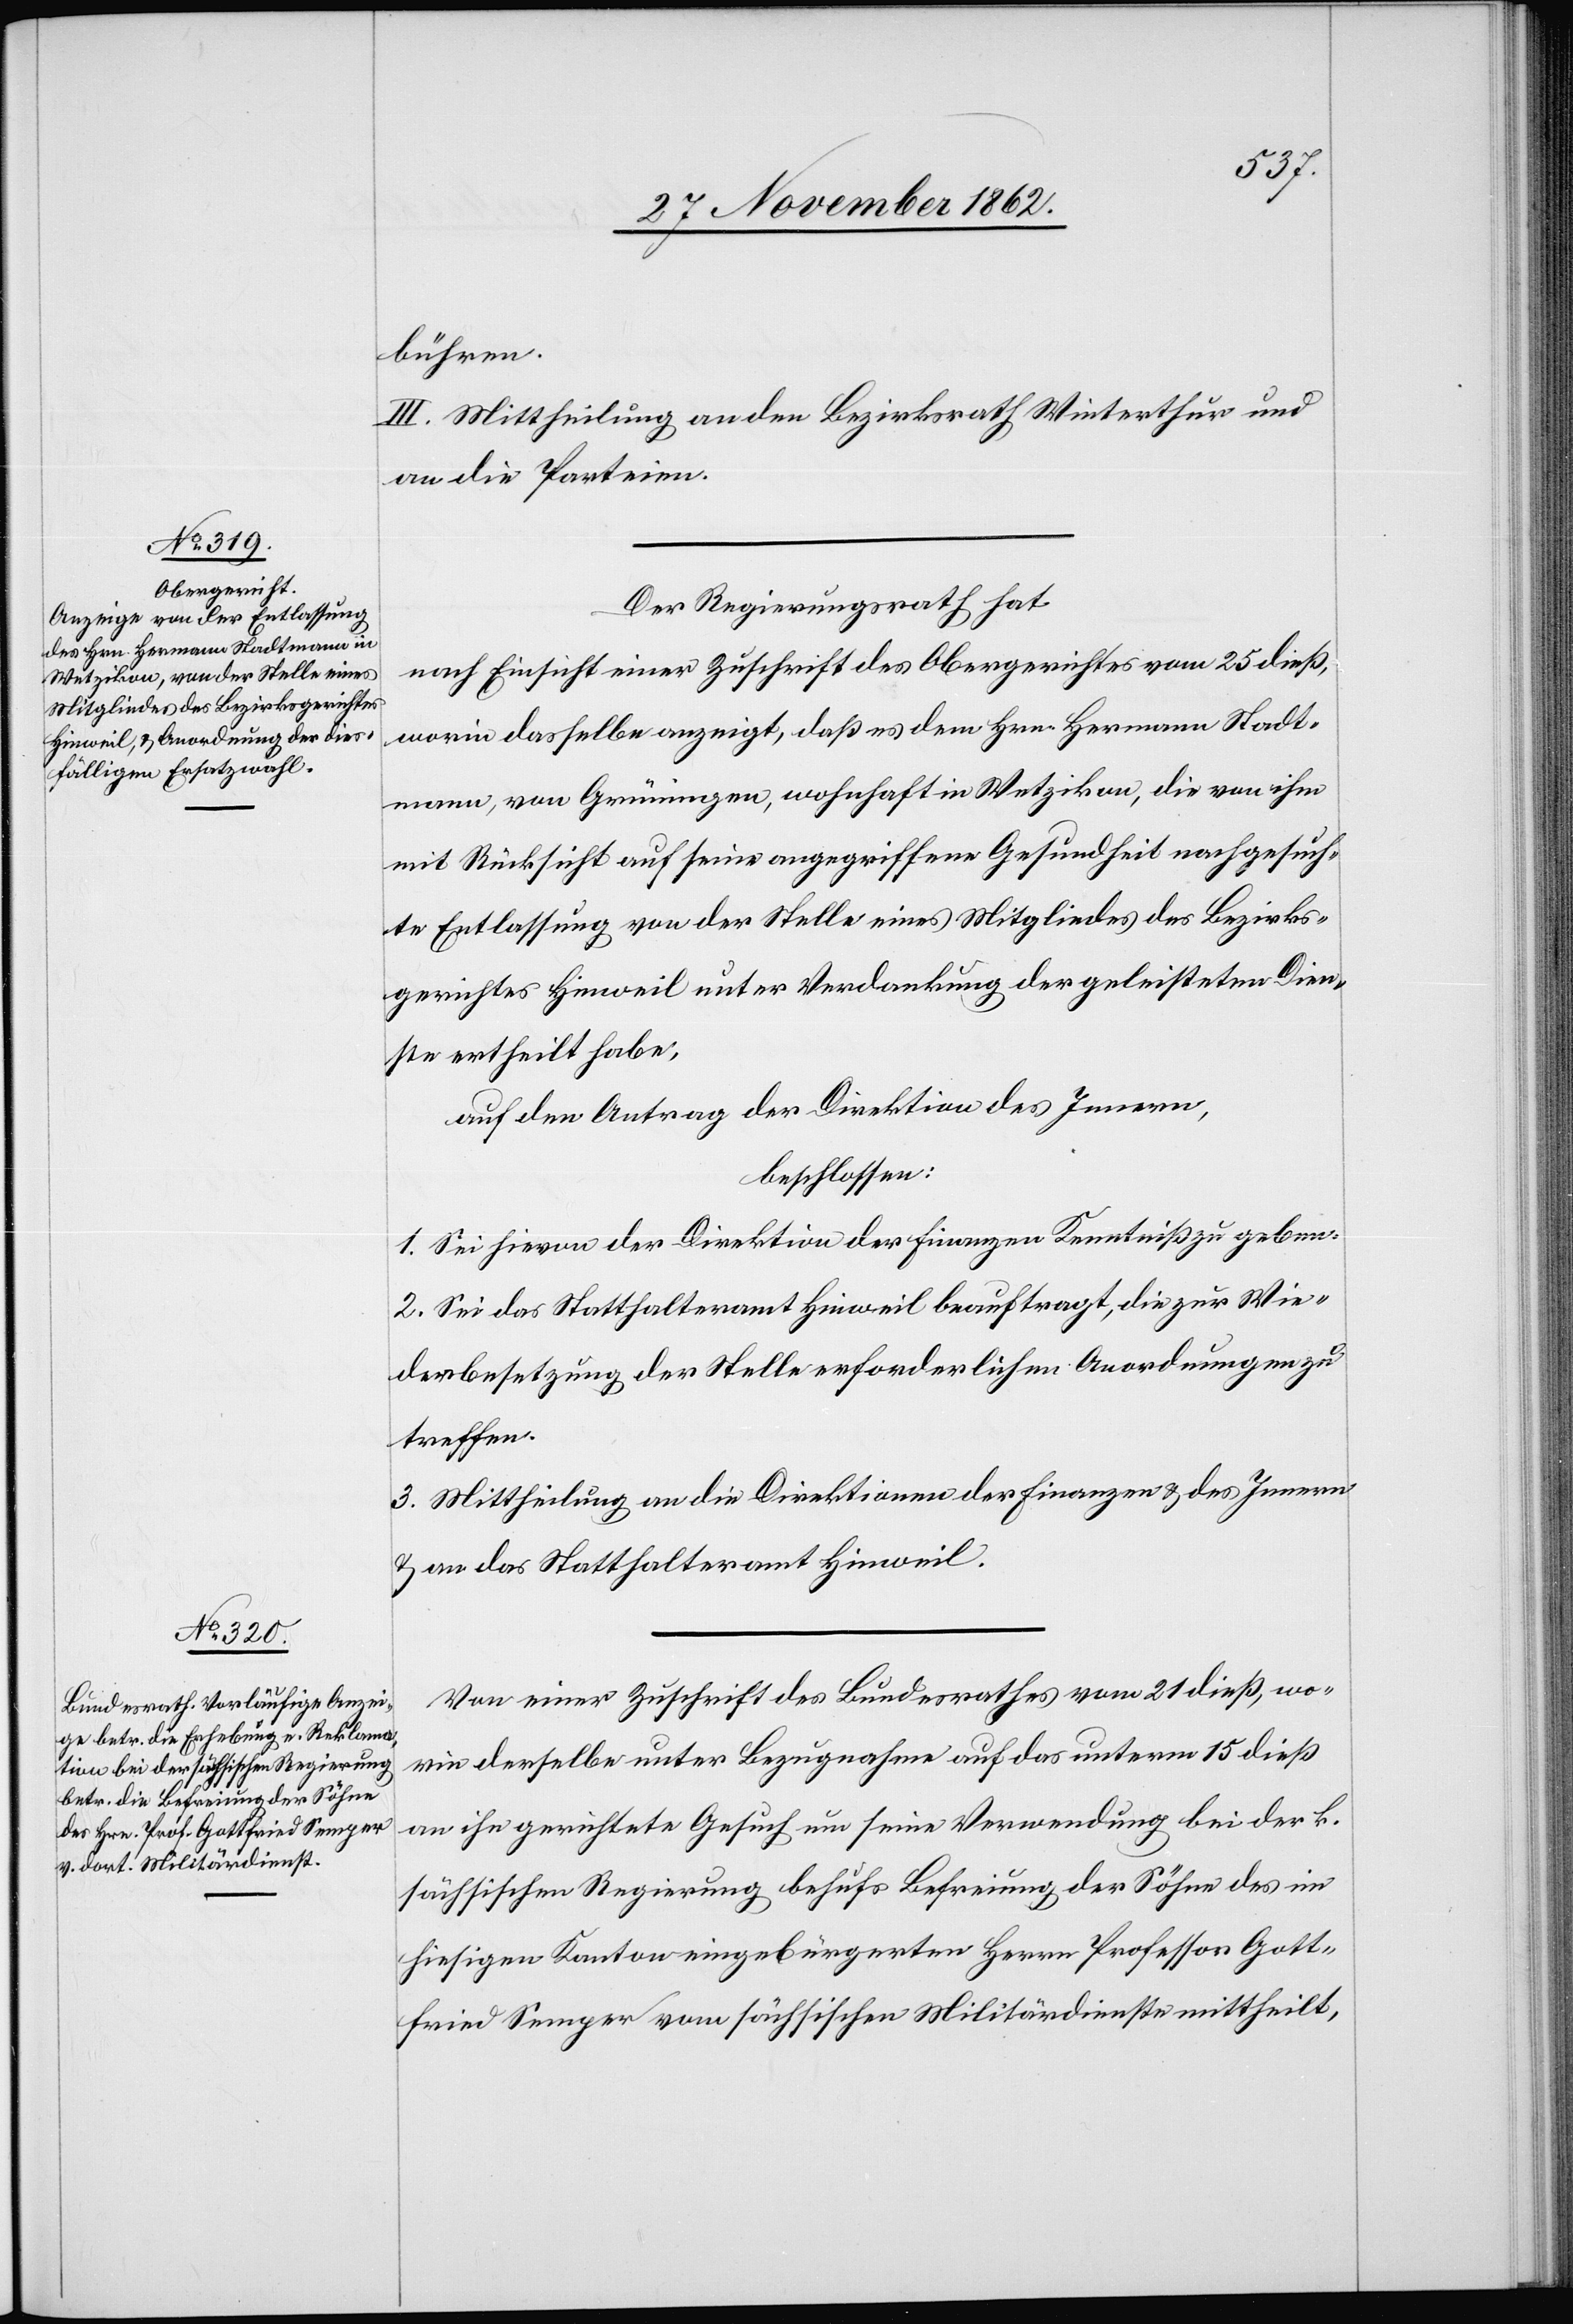
bühren.
III. Mittheilung an den Bezirksrath Winterthur und
an die Parteien.
Der Regierungsrath hat
nach Einsicht einer Zuschrift des Obergerichtes vom 25. dieß,
worin dasselbe anzeigt, daß es dem Hrn. Hermann Stadt¬
mann, von Grüningen, wohnhaft in Wetzikon, die von ihm
mit Rücksicht auf seine angegriffene Gesundheit nachgesuch¬
te Entlassung von der Stelle eines Mitgliedes des Bezirks¬
gerichtes Hinweil unter Verdankung der geleisteten Dien¬
ste ertheilt habe,
auf den Antrag der Direktion des Innern,
beschlossen:
1. Sei hievon der Direktion der Finanzen Kenntniß zu geben.
2. Sei das Statthalteramt Hinweil beauftragt, die zur Wie¬
derbesetzung der Stelle erforderlichen Anordnungen zu
treffen.
3. Mittheilung an die Direktionen der Finanzen u. des Innern
u. an das Statthalteramt Hinweil.
Von einer Zuschrift des Bundesrathes vom 21. dieß, wo¬
rin derselbe unter Bezugnahem auf das unterm 15. dieß
an ihn gerichtete Gesuch um seine Verwendung bei der k.
sächsischen Regierung behufs Befreiung der Söhne des im
hiesigen Kanton eingebürgerten Herrn Professor Gott¬
fried Semper vom sächsischen Militärdienste mittheilt,